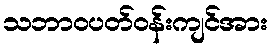
သဘာဝပတ်ဝန်းကျင်အား